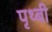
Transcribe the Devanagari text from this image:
पृथ्बी